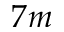
7 m